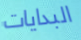
البدايات